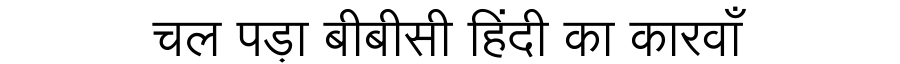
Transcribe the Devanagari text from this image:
चल पड़ा बीबीसी हिंदी का कारवाँ